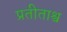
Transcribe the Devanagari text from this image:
प्रतीताश्व